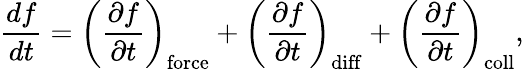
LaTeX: {\frac{df}{dt}}=\left({\frac{\partial f}{\partial t}}\right)_{\mathrm{force}}+\left({\frac{\partial f}{\partial t}}\right)_{\mathrm{diff}}+\left({\frac{\partial f}{\partial t}}\right)_{\mathrm{coll}},